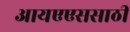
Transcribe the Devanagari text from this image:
आयएएससाठी